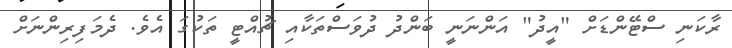
ރާކަނި ސްޓޭންޑަށް "އީދު" އަންނަނީ ބަންދު ދުވަސްްތަކާއި ޗުއްޓީ ތަަކުގަ އެވެ. ދެމަފިރިންނަށް